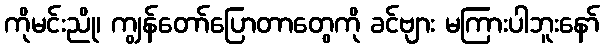
ကိုမင်းညို၊ ကျွန်တော်ပြောတာတွေကို ခင်ဗျား မကြားပါဘူးနော်